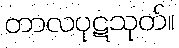
တာလပုဋသုတ်။